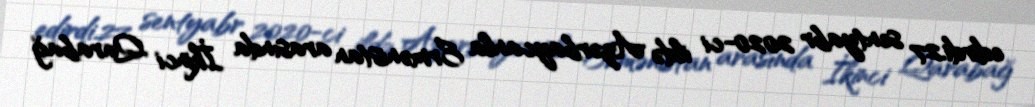
edirdi.27 sentyabr 2020-ci ildə Azərbaycanla Ermənistan arasında İkinci Qarabağ